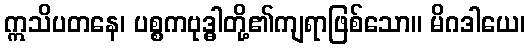
ဣသိပတနေ၊ ပစ္စကဗုဒ္ဓါတို့၏ကျရာဖြစ်သော။ မိဂဒါယေ၊